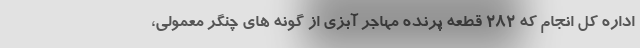
اداره کل انجام که ۲۸۲ قطعه پرنده مهاجر آبزی از گونه های چنگر معمولی،